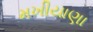
મખીયાણા